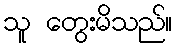
သူ တွေးမိသည်။